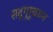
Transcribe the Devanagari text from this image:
सद्गुरूवचन